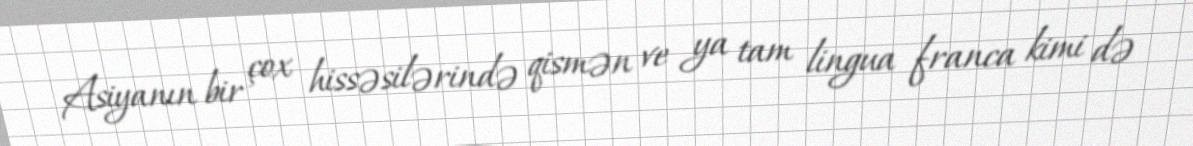
Asiyanın bir çox hissəsilərində qismən ve ya tam lingua franca kimi də